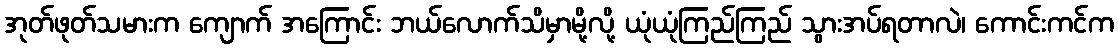
အုတ်ဖုတ်သမားက ကျောက် အကြောင်း ဘယ်လောက်သိမှာမို့လို့ ယုံယုံကြည်ကြည် သွားအပ်ရတာလဲ၊ ကောင်းကင်က